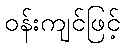
ဝန်းကျင်ဖြင့်